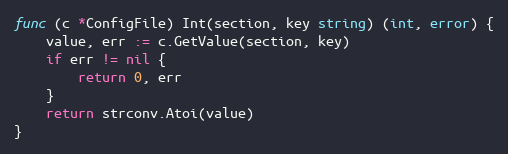
Language: Go
func (c *ConfigFile) Int(section, key string) (int, error) {
	value, err := c.GetValue(section, key)
	if err != nil {
		return 0, err
	}
	return strconv.Atoi(value)
}